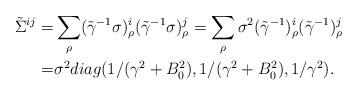
LaTeX: \begin{align*}\tilde\Sigma^{ij}=&\sum_\rho(\tilde\gamma^{-1}\sigma)^{i}_\rho(\tilde\gamma^{-1}\sigma)^{j}_\rho=\sum_\rho\sigma^2 (\tilde\gamma^{-1})^{i}_\rho(\tilde\gamma^{-1})^{j}_\rho\\=&\sigma^2 diag(1/(\gamma^2+B_0^2),1/(\gamma^2+B_0^2),1/\gamma^2).\end{align*}